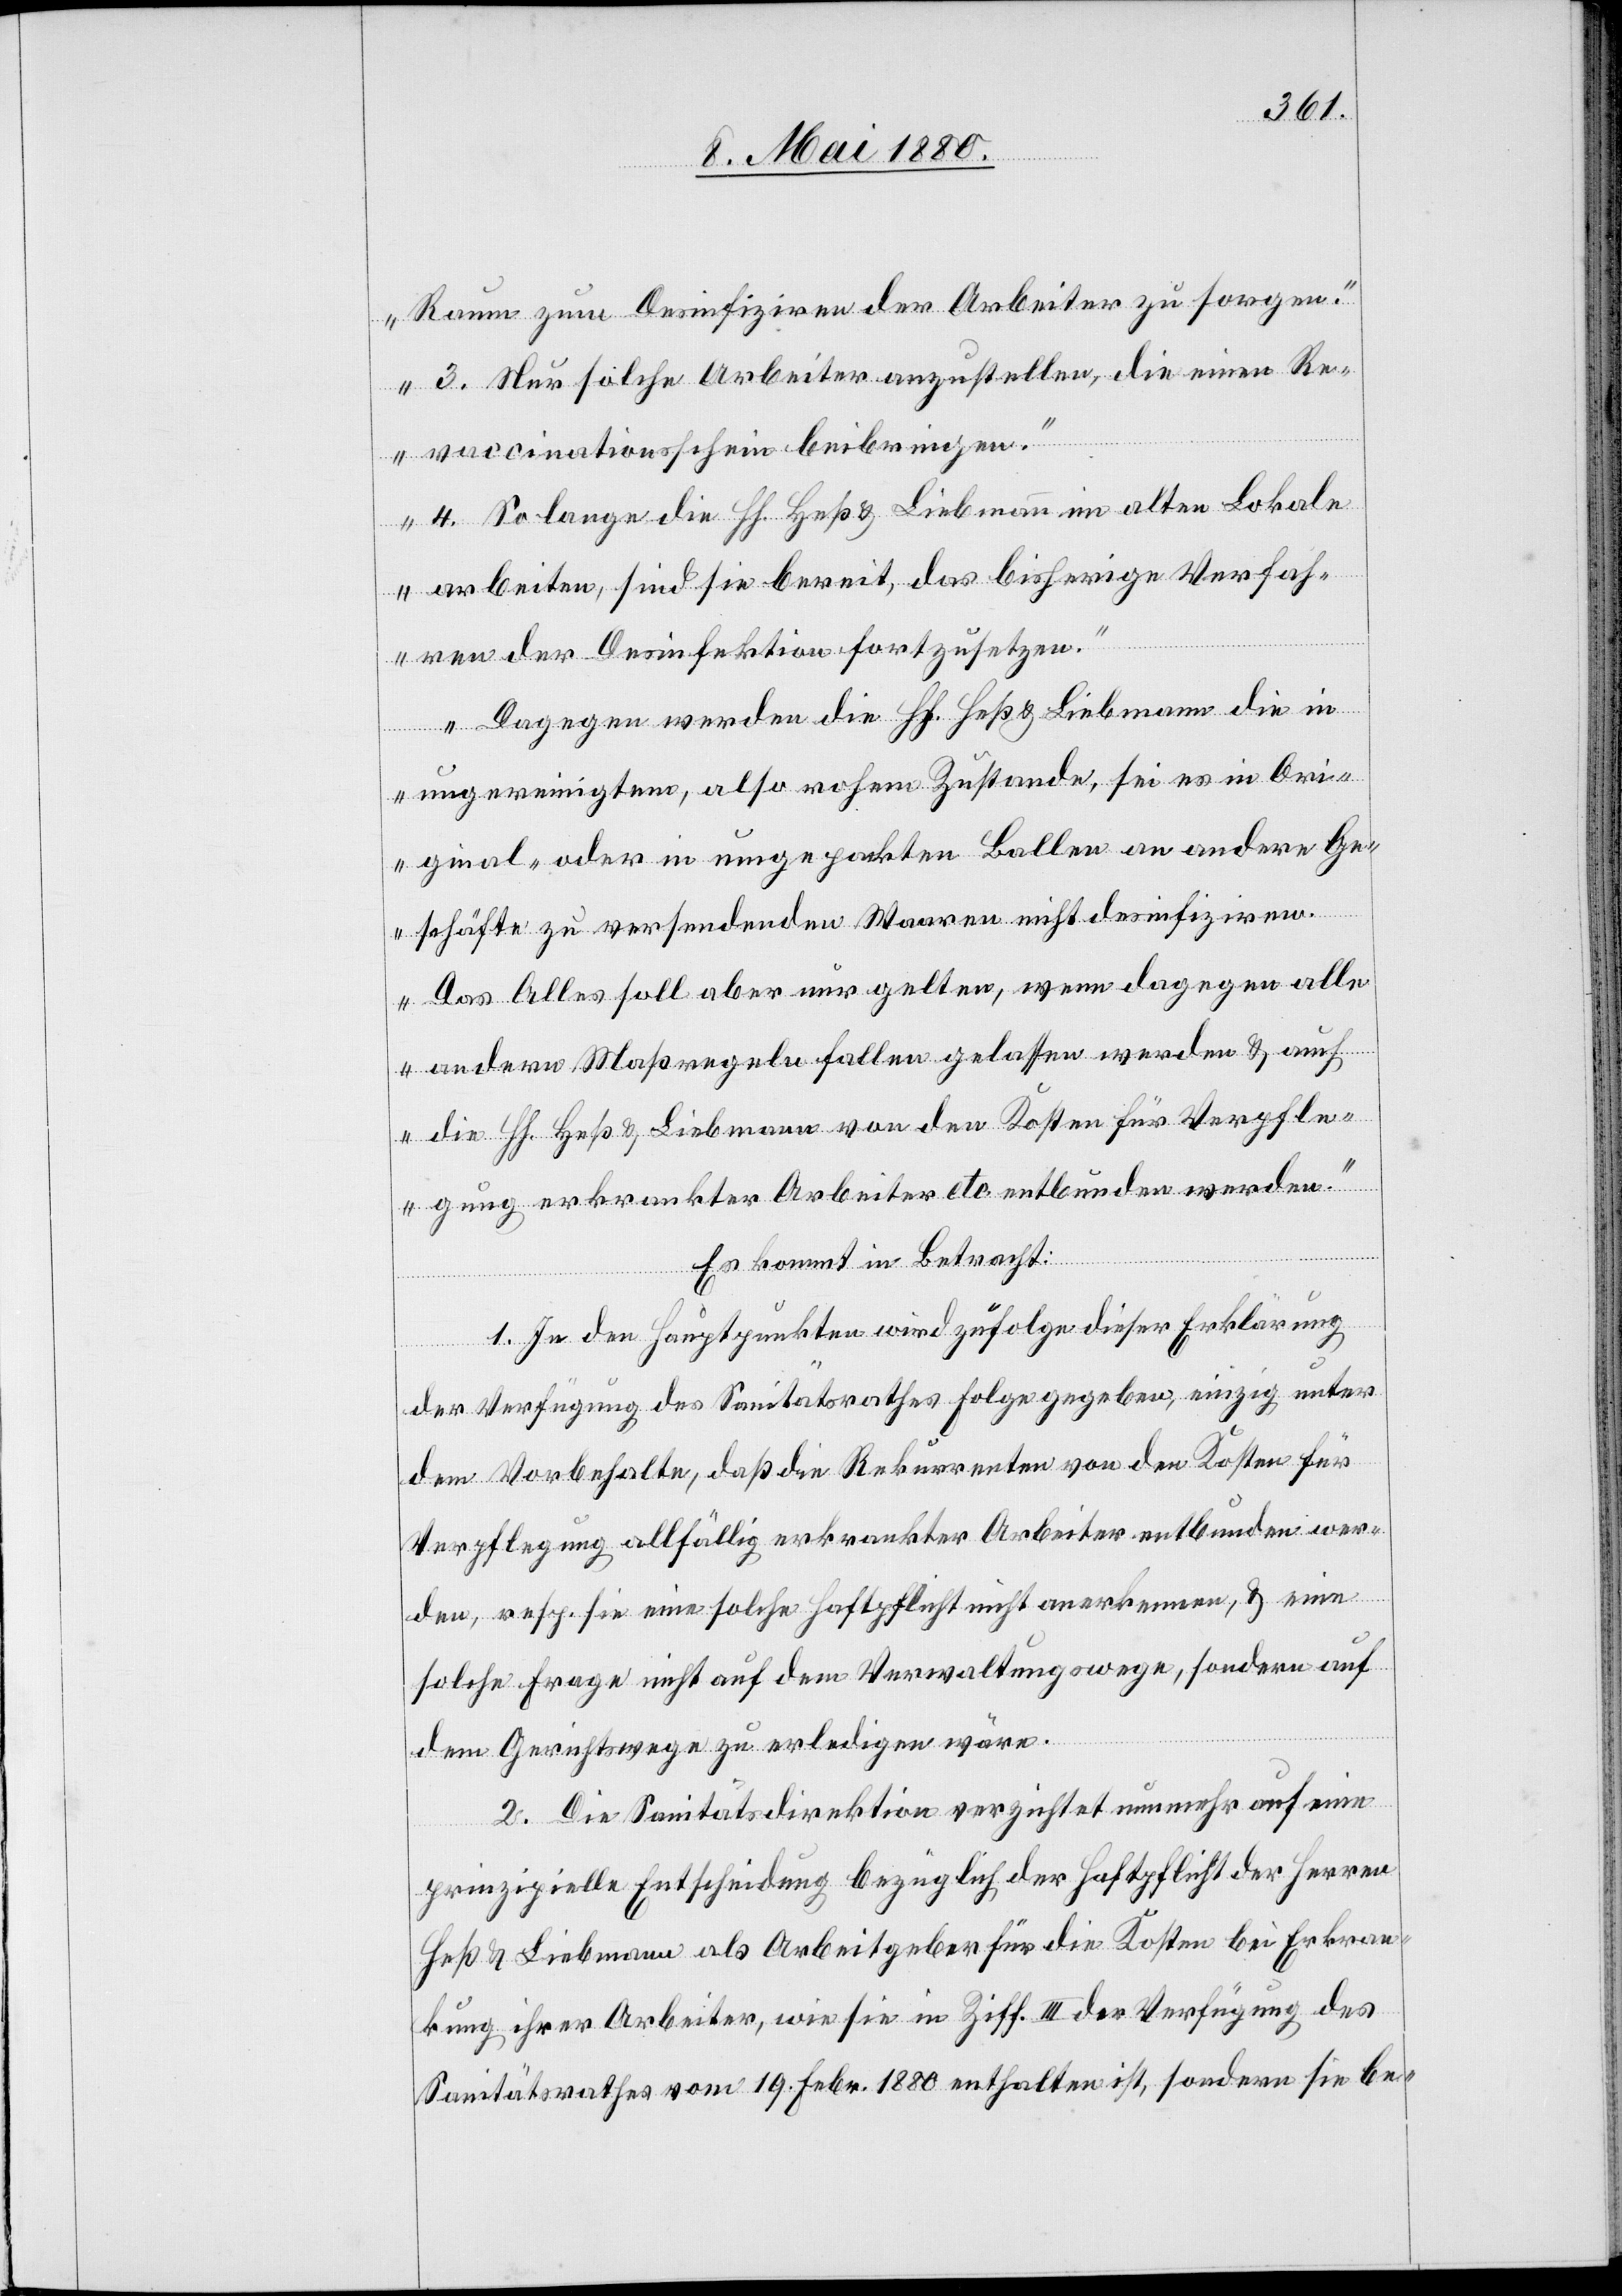
Raum zum Desinfiziren der Arbeiter zu sorgen.
3. Nur solche Arbeiter anzustellen, die einen Re¬
vaccinationsschein beibringen.
4. So lange die HH. Heß & Liebmann im alten Lokale
arbeiten, sind sie bereit, das bisherige Verfah¬
ren der Desinfektion fortzusetzen.
Dagegen werden die HH. Heß & Liebmann die in
ungereinigtem, als rohem Zustande, sei es in Ori¬
ginal- oder in ungepackten Ballen an andere Ge¬
schäfte zu versendenden Waaren nicht desinfiziren.
Das Alles soll aber nur gelten, wenn dagegen alle
andern Maßregeln fallen gelassen werden & auch
die HH. Heß & Liebmann von den Kosten für Verpfle¬
gung erkrankter Arbeiter etc. entbunden werden.“
Es kommt in Betracht:
1. In den Hauptpunkten wird zufolge dieser Erklärung
der Verfügung des Sanitätsrathes Folge gegeben, einzig unter
dem Vorbehalte, daß die Rekurrenten von den Kosten für
Verpflegung allfällig erkrankter Arbeiter entbunden wer¬
den, resp. sie eine solche Haftpflicht nicht anerkennen, & eine
solche Frage nicht auf dem Verwaltungswege, sondern auf
dem Gerichtswege zu erledigen wäre.
2. Die Sanitätsdirektion verzichtet nunmehr auf eine
prinzipielle Entscheidung bezüglich der Haftpflicht der Herren
Heß & Liebmann als Arbeitgeber für die Kosten bei Erkran¬
kung ihrer Arbeiter, wie sie in Ziff. III der Verfügung des
Sanitätsrathes vom 19. Febr. 1880 enthalten ist, sondern sie be-